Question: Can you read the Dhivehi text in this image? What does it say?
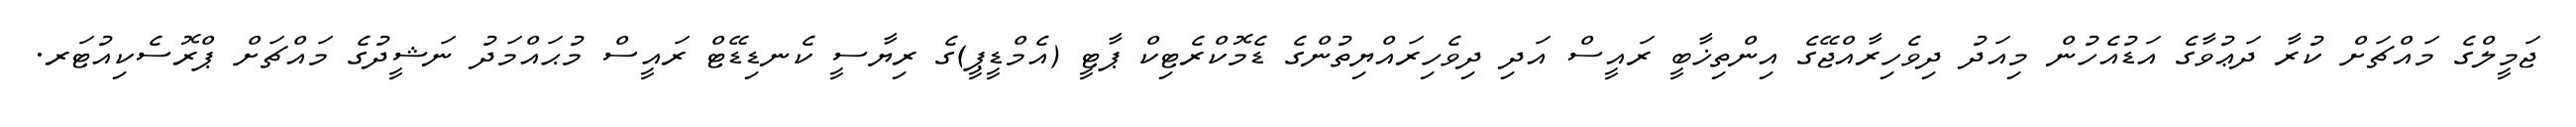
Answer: ޖަމީލްގެ މައްޗަށް ކުރާ ދަޢުވާގެ އަޑުއެހުން މިއަދު ދިވެހިރާއްޖޭގެ އިންތިޚާބީ ރައީސް އަދި ދިވެހިރައްޔިތުންގެ ޑެމޮކްރެޓިކް ޕާޓީ (އެމްޑީޕީ)ގެ ރިޔާސީ ކެނޑިޑޭޓް ރައީސް މުޙައްމަދު ނަޝީދުގެ މައްޗަށް ޕްރޮސެކިއުޓަރ.